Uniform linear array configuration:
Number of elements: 48
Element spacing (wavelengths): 1
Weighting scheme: hamming
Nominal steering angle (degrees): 15
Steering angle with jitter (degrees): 14.78
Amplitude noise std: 0.05
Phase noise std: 0.05

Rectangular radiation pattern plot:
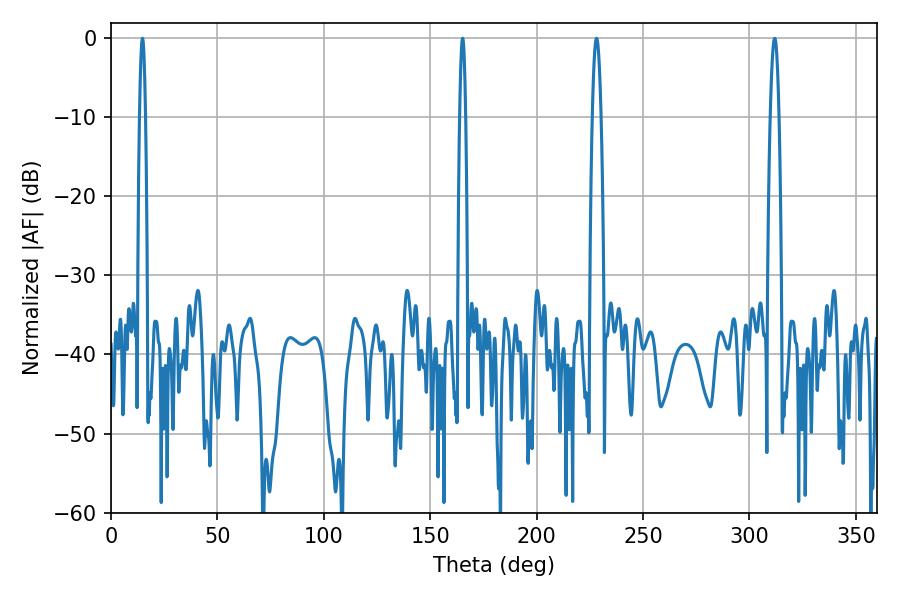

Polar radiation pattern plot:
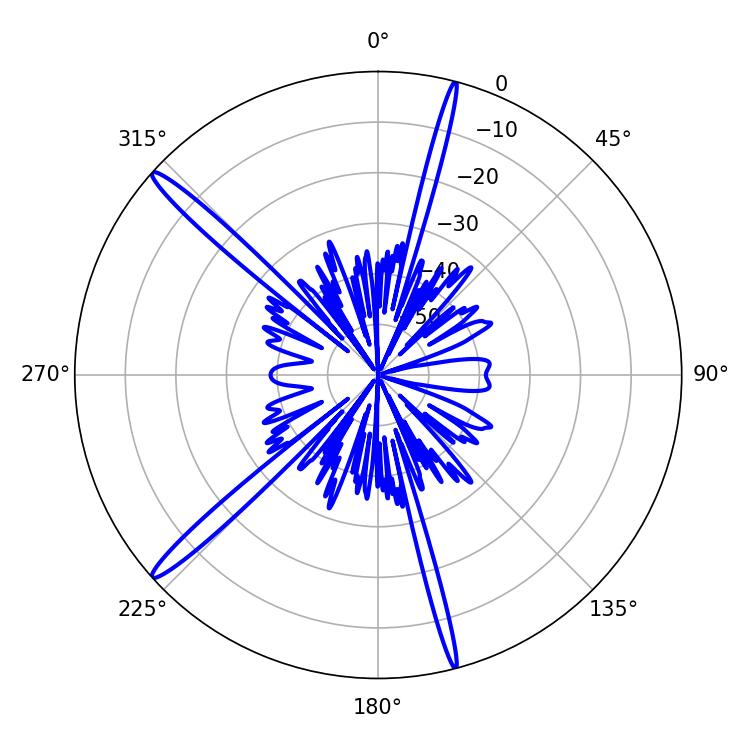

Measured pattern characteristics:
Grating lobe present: TRUE
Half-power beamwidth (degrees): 1.44
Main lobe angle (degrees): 165.24